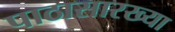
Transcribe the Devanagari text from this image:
पाठासारख्या